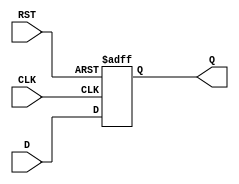
module DataRegister #(
    parameter DATA_WIDTH = 8  // Parameter for data width, default is 8 bits
)(
    input  wire [DATA_WIDTH-1:0] D,  // Data input
    input  wire CLK,                  // Clock input
    input  wire RST,                  // Asynchronous reset
    output reg  [DATA_WIDTH-1:0] Q    // Data output
);

    // Sequential logic for the Data Register
    always @(posedge CLK or posedge RST) begin
        if (RST) begin
            Q <= {DATA_WIDTH{1'b0}};  // Set output to zero on reset
        end else begin
            Q <= D;                   // Update output with input data
        end
    end

endmodule